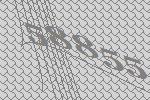
58855